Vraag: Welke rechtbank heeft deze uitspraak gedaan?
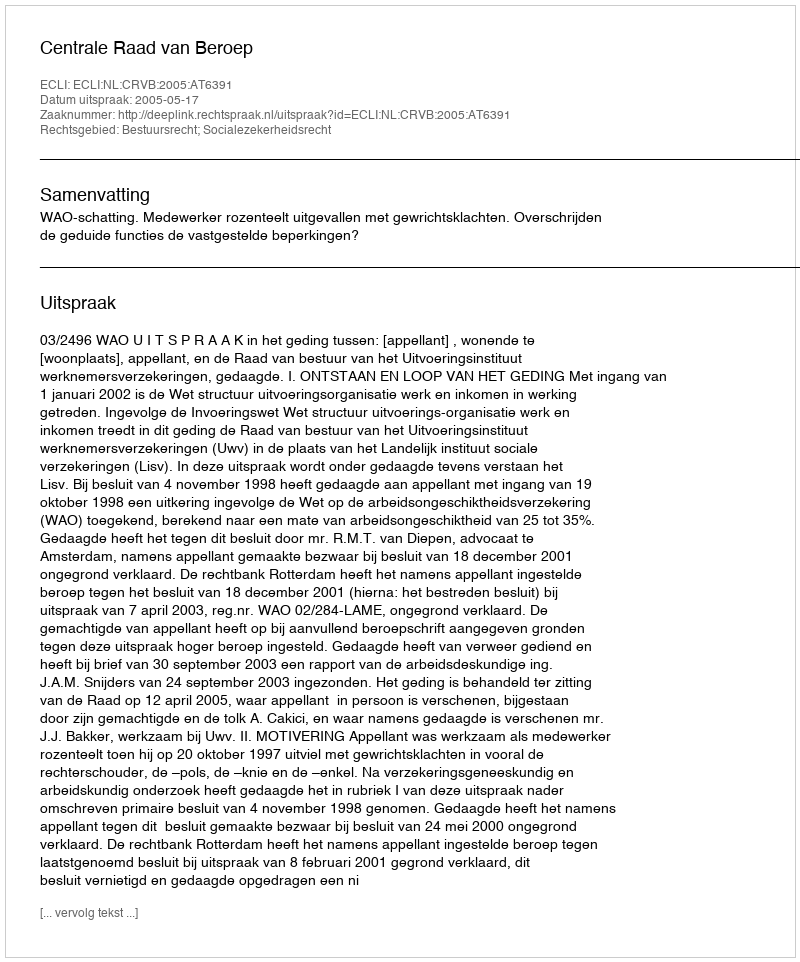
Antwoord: Centrale Raad van Beroep